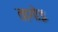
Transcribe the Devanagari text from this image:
तागोइ